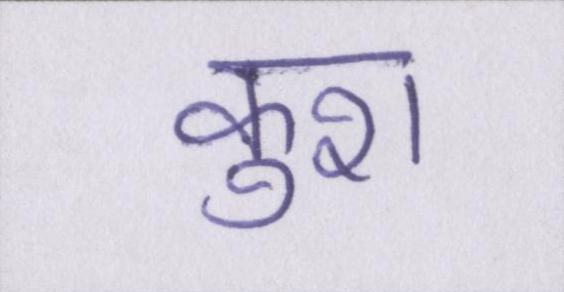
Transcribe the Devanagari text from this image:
कुश